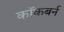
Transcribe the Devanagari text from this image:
काॅकबर्न